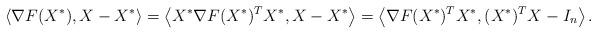
LaTeX: \begin{align*}\langle\nabla F(X^*), X-X^*\rangle= \left\langle X^*\nabla F(X^*)^TX^*, X-X^*\right\rangle=\left\langle\nabla F(X^*)^TX^*, (X^*)^TX-I_n\right\rangle.\end{align*}